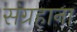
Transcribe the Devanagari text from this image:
संग्रहाना